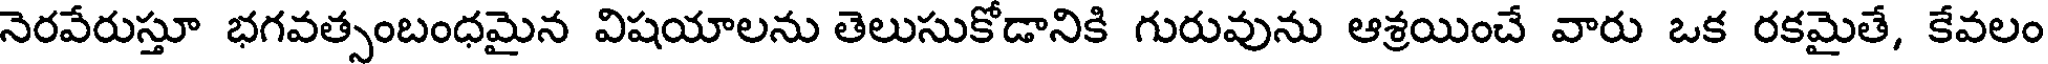
నెరవేరుస్తూ భగవత్సంబంధమైన విషయాలను తెలుసుకోడానికి గురువును ఆశ్రయించే వారు ఒక రకమైతే, కేవలం